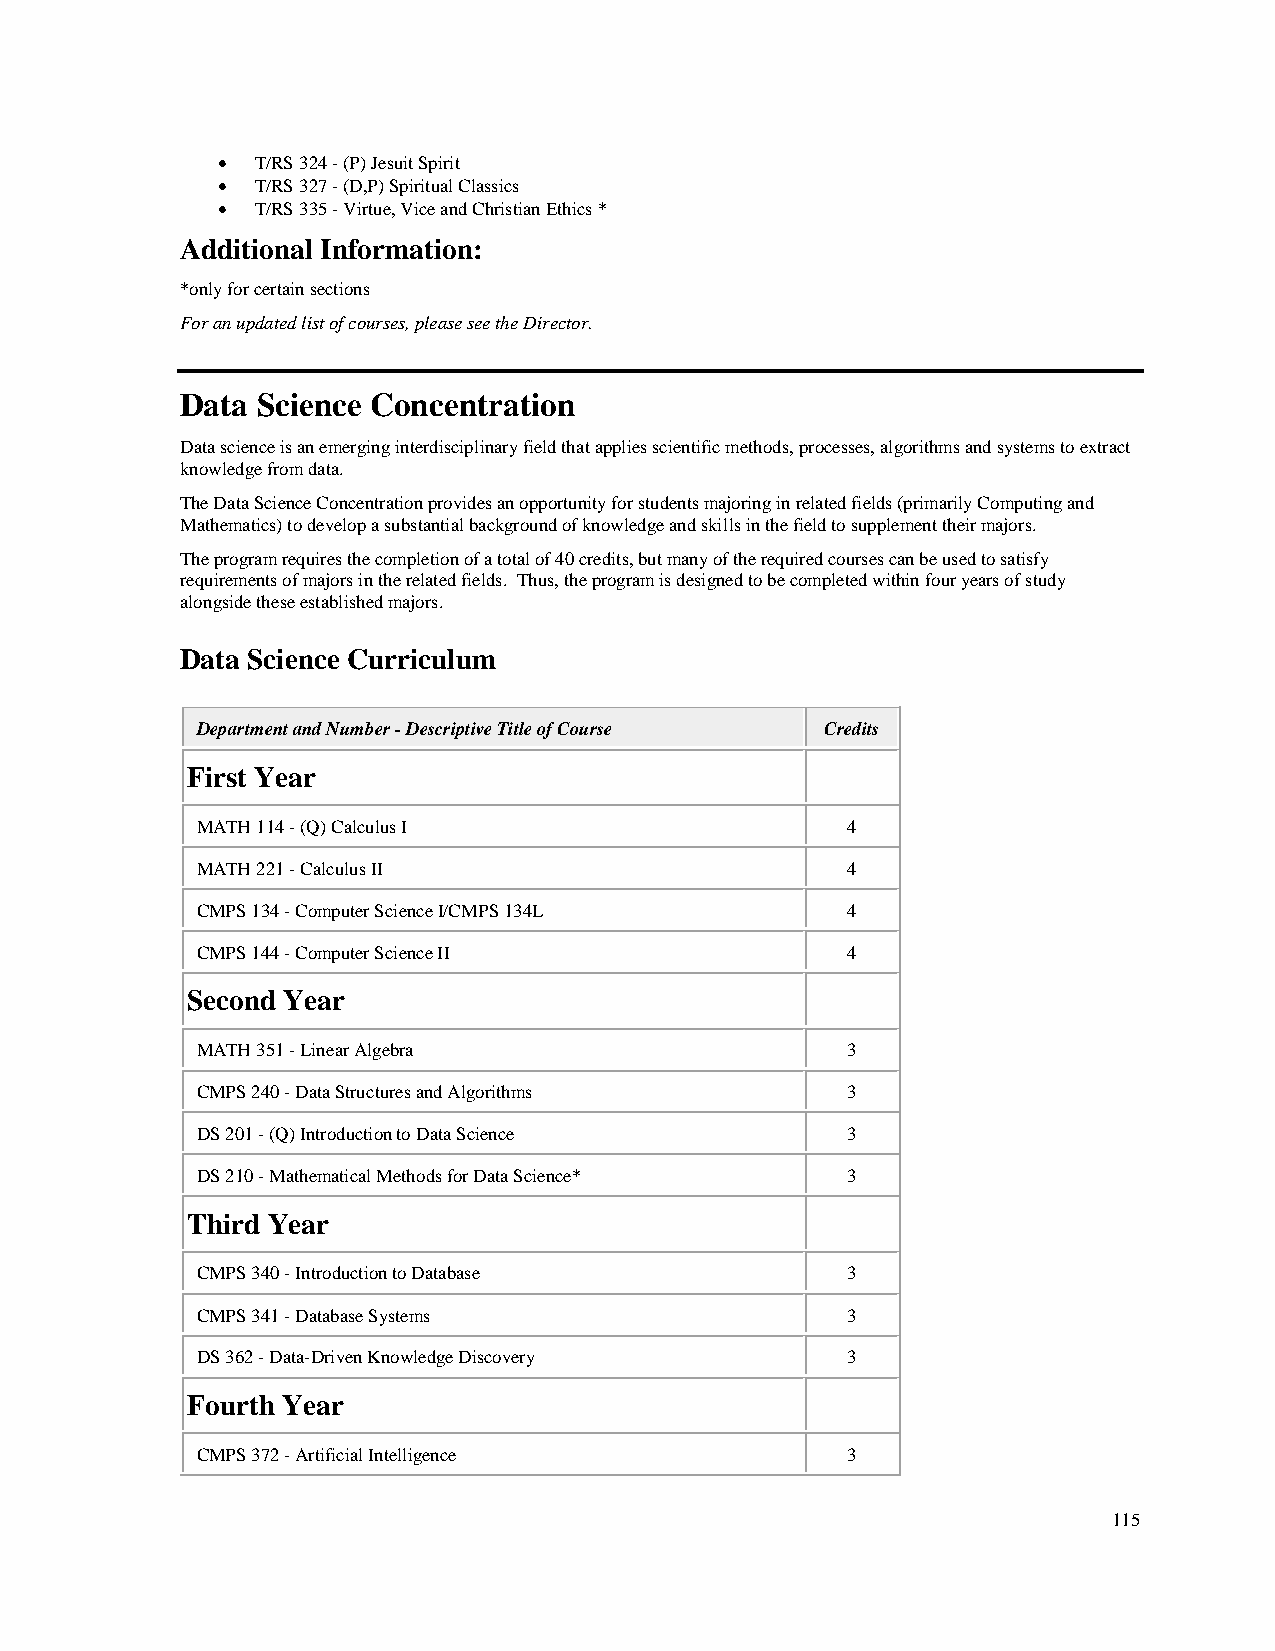
•  T/RS 324 - (P) Jesuit Spirit
 •  T/RS 327 - (D,P) Spiritual Classics
 •  T/RS 335 - Virtue, Vice and Christian Ethics *
 Additional Information:
 *only for certain sections
 For an updated list of courses, please see the Director.
 Data Science Concentration
 Data science is an emerging interdisciplinary field that applies scientific methods, processes, algorithms and systems to extract
 knowledge from data.
 The Data Science Concentration provides an opportunity for students majoring in related fields (primarily Computing and
 Mathematics) to develop a substantial background of knowledge and skills in the field to supplement their majors.
 The program requires the completion of a total of 40 credits, but many of the required courses can be used to satisfy
 requirements of majors in the related fields. Thus, the program is designed to be completed within four years of study
 alongside these established majors.
 Data Science Curriculum
 Department and Number - Descriptive Title of Course Credits
 First Year
 MATH 114 - (Q) Calculus I                  4
 MATH 221 - Calculus II                     4
 CMPS 134 - Computer Science I/CMPS 134L    4
 CMPS 144 - Computer Science II             4
 Second Year
 MATH 351 - Linear Algebra                  3
 CMPS 240 - Data Structures and Algorithms  3
 DS 201 - (Q) Introduction to Data Science  3
 DS 210 - Mathematical Methods for Data Science* 3
 Third Year
 CMPS 340 - Introduction to Database        3
 CMPS 341 - Database Systems                3
 DS 362 - Data-Driven Knowledge Discovery   3
 Fourth Year
 CMPS 372 - Artificial Intelligence         3
 115